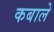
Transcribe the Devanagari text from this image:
कबाले